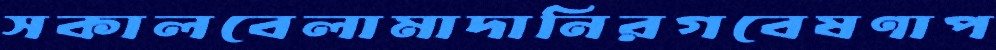
সকালবেলামাদানিরগবেষণাপ